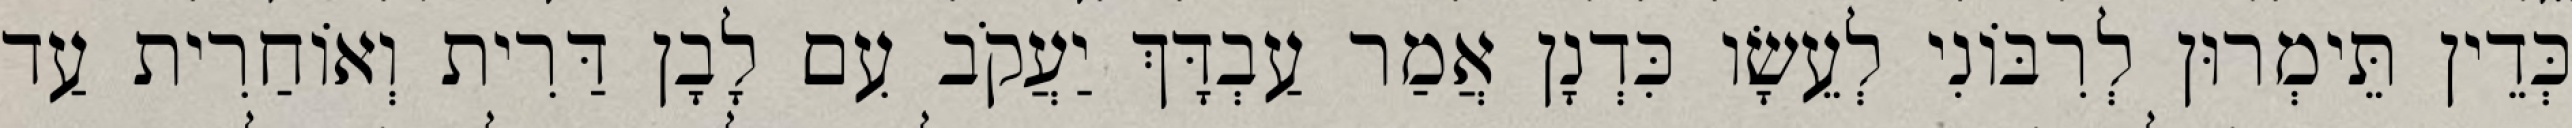
כְּדֵין תֵּימְרוּן לְרִבּוֹנִי לְעֵשָׂו כִּדְנָן אֲמַר עַבְדָּךְ יַעֲקֹב עִם לָבָן דַּרִית וְאוֹחַרִית עַד